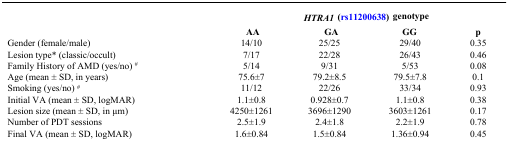
<table><thead><tr><td rowspan="2"></td><td colspan="4"><b><i>HTRA1</i> (rs11200638) genotype</b></td></tr><tr><td><b>AA</b></td><td><b>GA</b></td><td><b>GG</b></td><td><b>p</b></td></tr></thead><tbody><tr><td>Gender (female/male)</td><td>14/10</td><td>25/25</td><td>29/40</td><td>0.35</td></tr><tr><td>Lesion type* (classic/occult)</td><td>7/17</td><td>22/28</td><td>26/43</td><td>0.46</td></tr><tr><td>Family History of AMD (yes/no) <sup>#</sup></td><td>5/14</td><td>9/31</td><td>5/53</td><td>0.08</td></tr><tr><td>Age (mean ± SD, in years)</td><td>75.6±7</td><td>79.2±8.5</td><td>79.5±7.8</td><td>0.1</td></tr><tr><td>Smoking (yes/no) <sup>#</sup></td><td>11/12</td><td>22/26</td><td>33/34</td><td>0.93</td></tr><tr><td>Initial VA (mean ± SD, logMAR)</td><td>1.1±0.8</td><td>0.928±0.7</td><td>1.1±0.8</td><td>0.38</td></tr><tr><td>Lesion size (mean ± SD, in μm)</td><td>4250±1261</td><td>3696±1290</td><td>3603±1261</td><td>0.17</td></tr><tr><td>Number of PDT sessions</td><td>2.5±1.9</td><td>2.4±1.8</td><td>2.2±1.9</td><td>0.78</td></tr><tr><td>Final VA (mean ± SD, logMAR)</td><td>1.6±0.84</td><td>1.5±0.84</td><td>1.36±0.94</td><td>0.45</td></tr></tbody></table>